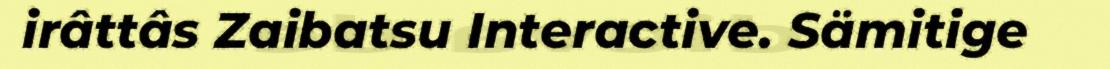
irâttâs Zaibatsu Interactive. Sämitige